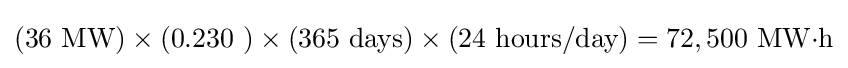
(36\ {\mbox{MW}})\times (0.230\ )\times (365\ {\mbox{days}})\times (24\ {\mbox{hours/day}})=72,500\ {\mbox{MW·h}}